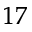
^ { 1 7 }